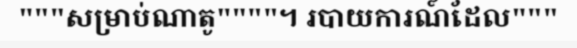
"""សម្រាប់ណាតូ""""។ របាយការណ៍ដែល"""